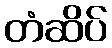
တံဆိပ်